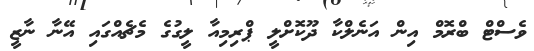
ވެސްޓް ބްރޮމް އިން އަނެލްކާ ދޫކޮށްލީ ޕްރިމިއާ ލީގުގެ މެޗެއްގައި އޭނާ ނާޒީ